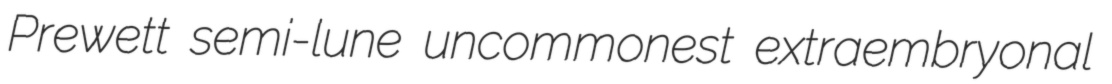
Prewett semi-lune uncommonest extraembryonal